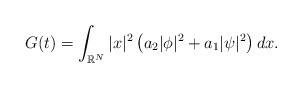
LaTeX: \begin{align*}\left.\begin{array}{ll}\displaystyle G(t)=\int_{\mathbb{R}^N}|x|^2\left(a_2|\phi|^2+a_1|\psi|^2\right)dx.\end{array}\right.\end{align*}